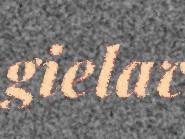
gielav